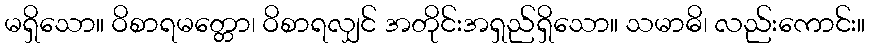
မရှိသော။ ဝိစာရမတ္တော၊ ဝိစာရလျှင် အတိုင်းအရှည်ရှိသော။ သမာဓိ၊ လည်းကောင်း။